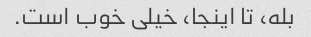
بله، تا اینجا، خیلی خوب است.